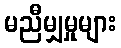
မညီမျှမှုများ